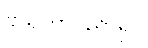
ဗိသုကာပညာရှင်